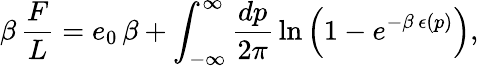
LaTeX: \beta\, {\frac{F}{L}}=e_{0}\, \beta+\int_{-\infty}^{\infty}{\frac{dp}{2\pi}}\ln\left(1-e^{-\beta\, \epsilon(p)}\right),